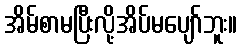
အိမ်စာမပြီးလို့အိပ်မပျော်ဘူး။